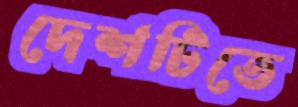
দেশটিতে